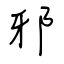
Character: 邪